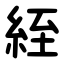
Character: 絰